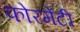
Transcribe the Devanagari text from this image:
फोरमेंटी